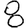
Digit: 8